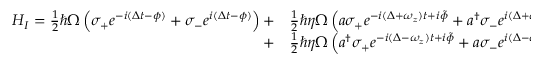
\begin{array} { r l } { H _ { I } = \frac { 1 } { 2 } \hbar \Omega \left( \sigma _ { + } e ^ { - i ( \Delta t - \phi ) } + \sigma _ { - } e ^ { i ( \Delta t - \phi ) } \right) + } & { { } \frac { 1 } { 2 } \hbar \eta \Omega \left( a \sigma _ { + } e ^ { - i ( \Delta + \omega _ { z } ) t + i \tilde { \phi } } + a ^ { \dagger } \sigma _ { - } e ^ { i ( \Delta + \omega _ { z } ) t - i \tilde { \phi } } \right) } \\ { + } & { { } \frac { 1 } { 2 } \hbar \eta \Omega \left( a ^ { \dagger } \sigma _ { + } e ^ { - i ( \Delta - \omega _ { z } ) t + i \tilde { \phi } } + a \sigma _ { - } e ^ { i ( \Delta - \omega _ { z } ) t - i \tilde { \phi } } \right) \, , } \end{array}